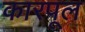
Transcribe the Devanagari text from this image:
कारपूल